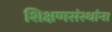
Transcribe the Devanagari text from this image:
शिक्षणसंस्थांना